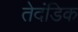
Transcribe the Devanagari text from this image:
तेदंडिक